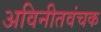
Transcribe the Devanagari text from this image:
अविनीतवंचक